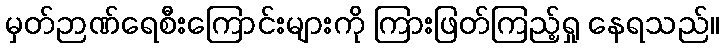
မှတ်ဉာဏ်ရေစီးကြောင်းများကို ကြားဖြတ်ကြည့်ရှု နေရသည်။